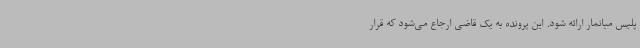
پلیس میانمار ارائه شود. این پرونده به یک قاضی ارجاع می‌شود که قرار